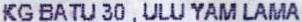
KG BATU 30 , ULU YAM LAMA